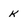
Character: k